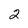
Character: 2